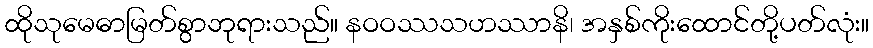
ထိုသုမေဓာမြတ်စွာဘုရားသည်။ နဝဝဿသဟဿာနိ၊ အနှစ်ကိုးထောင်တို့ပတ်လုံး။